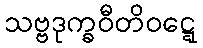
သဗ္ဗဒုက္ခဝီတိဝဋ္ဋေ